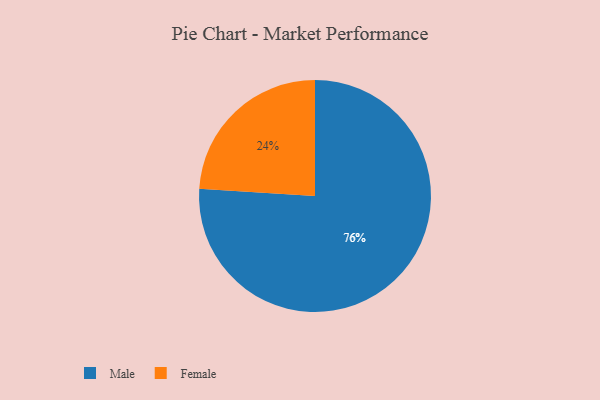
{"axis": {"x": "Category", "y": "Percentage"}, "legend": ["Female", "Male"], "data": [{"x": "Female", "y": 24, "type": "Female"}, {"x": "Male", "y": 76, "type": "Male"}]}